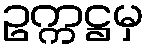
ဥက္ကဋ္ဌမှ